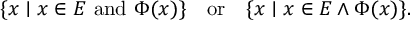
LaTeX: \{ x \mid x \in E { \mathrm { ~ a n d ~ } } \Phi ( x ) \} \quad { \mathrm { o r } } \quad \{ x \mid x \in E \land \Phi ( x ) \} .